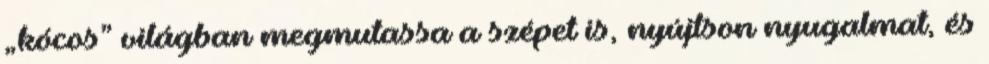
„kócos” világban megmutassa a szépet is, nyújtson nyugalmat, és